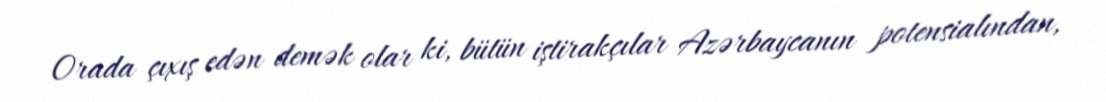
Orada çıxış edən demək olar ki, bütün iştirakçılar Azərbaycanın potensialından,